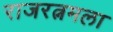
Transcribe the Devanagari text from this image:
राजरत्नमला